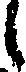
し